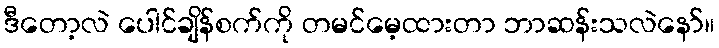
ဒီတော့လဲ ပေါင်ချိန်စက်ကို တမင်မေ့ထားတာ ဘာဆန်းသလဲနော်။